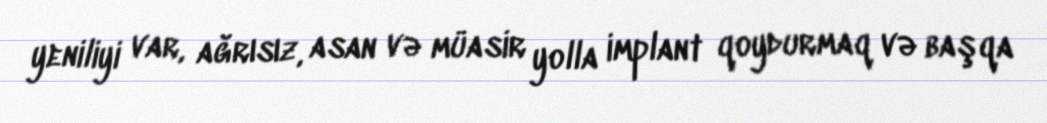
yeniliyi var, ağrısız, asan və müasir yolla implant qoydurmaq və başqa